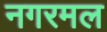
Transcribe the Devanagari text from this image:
नगरमल